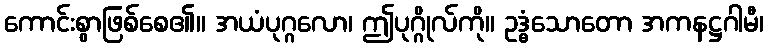
ကောင်းစွာဖြစ်စေ၏။ အယံပုဂ္ဂလော၊ ဤပုဂ္ဂိုလ်ကို။ ဥဒ္ဓံသောတော အကနဋ္ဌဂါမီ၊